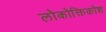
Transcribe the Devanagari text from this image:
लोकोक्तिकोश